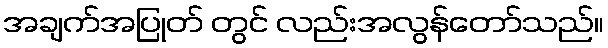
အချက်အပြုတ် တွင် လည်းအလွန်တော်သည်။